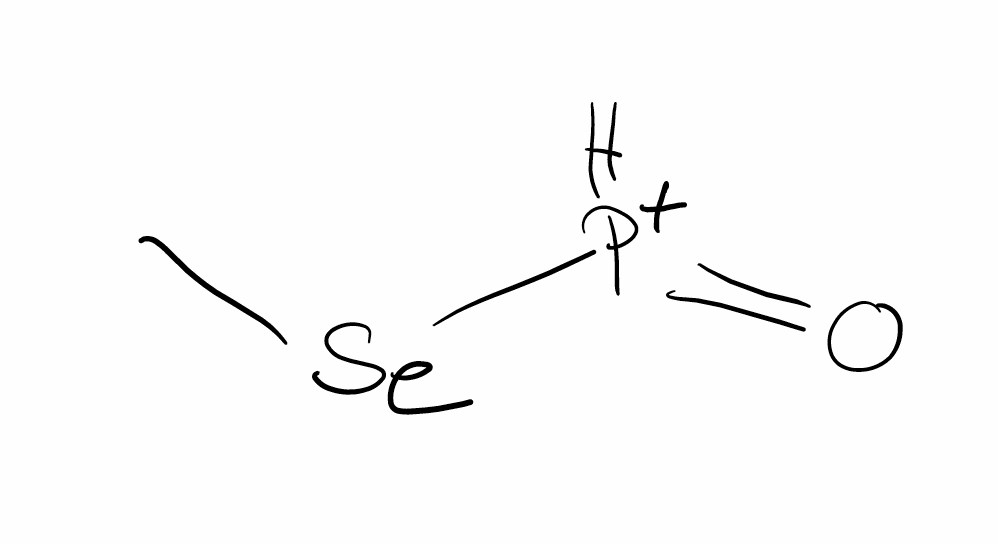
Simplified molecular-input line-entry system (SMILES) notation of the given molecule:
C[Se][PH+]=O